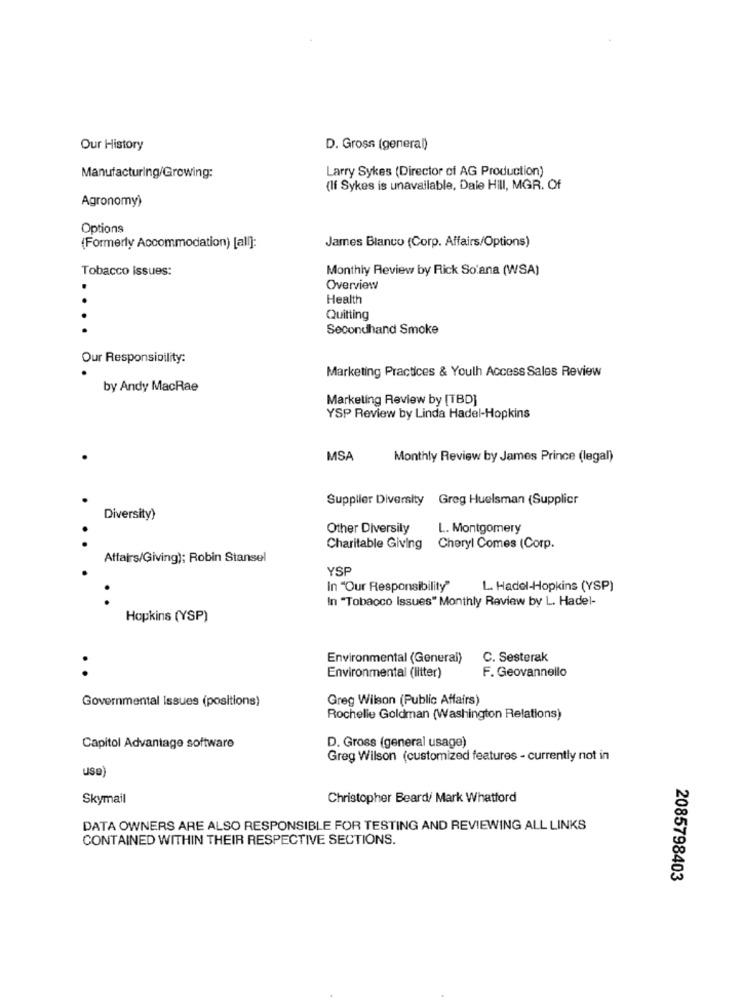
Our History
D. Gross (general)
Larry Sykes (Director of AG Production)
Manufacturing/Growing:
(If Sykes is unavailable, Dale Hill, MGR. Of
Agronomy)
Options
(Formerly Accommodation) [all]:
James Blanco (Corp. Affairs/Options)
Tobacco Issues:
Monthly Review by Rick So'ana (WSA)
Overview
..
Health
Quitting
..
Secondhand Smoke
Our Responsibility:
Marketing Practices & Youlh Access Sales Review
by Andy MacRae
Marketing Review by [TBD]
YSP Review by Linda Hadel-Hopkins
MSA
Monthly Review by James Prince (legal)
Supplier Diversity
Greg Huelsman (Supplier
Diversity)
Other Diversity
L. Montgomery
Charitable Giving
Cheryl Comes (Corp.
Affairs/Giving); Robin Stansel
YSP
In "Our Responsibility"
L. Hadol-Hopkins (YSP)
In "Tobacco Issues" Monthly Review by L. Hadel-
Hopkins (YSP)
Environmental (General)
C. Sesterak
.
F. Geovannello
Environmental (litter)
Governmental issues (positions)
Greg Wilson (Public Affairs)
Rochelle Goldman (Washington Relations)
Capitol Advantage software
D. Gross (general usage)
Greg Wilson (customized features - currently not in
use)
Skymail
Christopher Beard/ Mark Whatford
DATA OWNERS ARE ALSO RESPONSIBLE FOR TESTING AND REVIEWING ALL LINKS
CONTAINED WITHIN THEIR RESPECTIVE SECTIONS.
2085798403